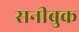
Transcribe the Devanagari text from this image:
सनीब्रुक